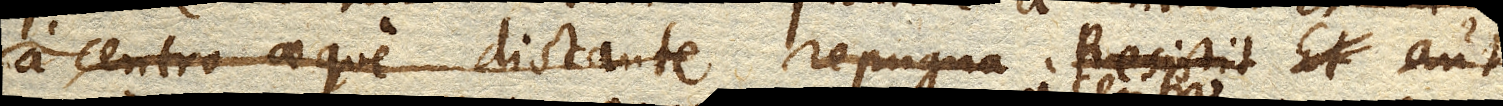
a centro aeque distante repugna Resistit Et aut